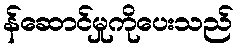
န်ဆောင်မှုကိုပေးသည်